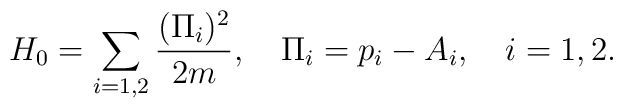
H_0=\sum_{i=1,2} {(\Pi_i)^2 \over 2m}, \ \ \ \Pi_i=p_i-A_i, \ \ \ i=1,2.